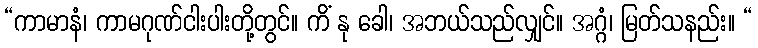
“ကာမာနံ၊ ကာမဂုဏ်ငါးပါးတို့တွင်။ ကိံ နု ခေါ၊ အဘယ်သည်လျှင်။ အဂ္ဂံ၊ မြတ်သနည်း။ “